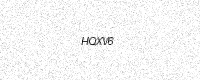
Text: HQXV6